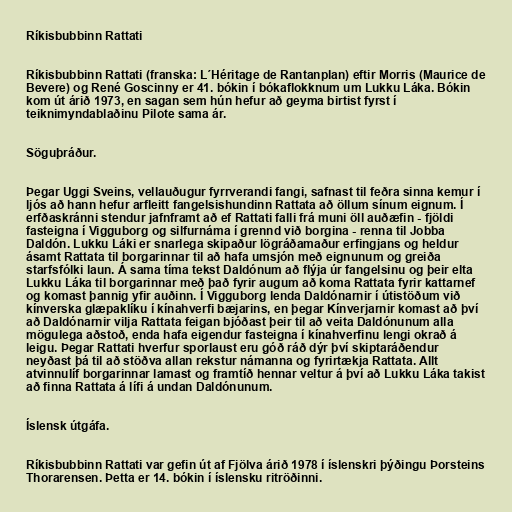
Ríkisbubbinn Rattati

Ríkisbubbinn Rattati (franska: L´Héritage de Rantanplan) eftir Morris (Maurice de
Bevere) og René Goscinny er 41. bókin í bókaflokknum um Lukku Láka. Bókin
kom út árið 1973, en sagan sem hún hefur að geyma birtist fyrst í
teiknimyndablaðinu Pilote sama ár.

Söguþráður.

Þegar Uggi Sveins, vellauðugur fyrrverandi fangi, safnast til feðra sinna kemur í
ljós að hann hefur arfleitt fangelsishundinn Rattata að öllum sínum eignum. Í
erfðaskránni stendur jafnframt að ef Rattati falli frá muni öll auðæfin - fjöldi
fasteigna í Vigguborg og silfurnáma í grennd við borgina - renna til Jobba
Daldón. Lukku Láki er snarlega skipaður lögráðamaður erfingjans og heldur
ásamt Rattata til borgarinnar til að hafa umsjón með eignunum og greiða
starfsfólki laun. Á sama tíma tekst Daldónum að flýja úr fangelsinu og þeir elta
Lukku Láka til borgarinnar með það fyrir augum að koma Rattata fyrir kattarnef
og komast þannig yfir auðinn. Í Vigguborg lenda Daldónarnir í útistöðum við
kínverska glæpaklíku í kínahverfi bæjarins, en þegar Kínverjarnir komast að því
að Daldónarnir vilja Rattata feigan bjóðast þeir til að veita Daldónunum alla
mögulega aðstoð, enda hafa eigendur fasteigna í kínahverfinu lengi okrað á
leigu. Þegar Rattati hverfur sporlaust eru góð ráð dýr því skiptaráðendur
neyðast þá til að stöðva allan rekstur námanna og fyrirtækja Rattata. Allt
atvinnulíf borgarinnar lamast og framtíð hennar veltur á því að Lukku Láka takist
að finna Rattata á lífi á undan Daldónunum.

Íslensk útgáfa.

Ríkisbubbinn Rattati var gefin út af Fjölva árið 1978 í íslenskri þýðingu Þorsteins
Thorarensen. Þetta er 14. bókin í íslensku ritröðinni.